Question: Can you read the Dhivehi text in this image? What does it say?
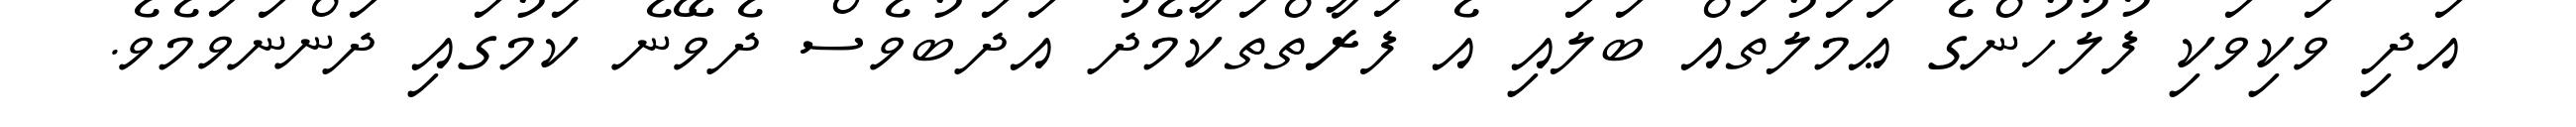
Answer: އަދި ވަކިވަކި ފުލުހުންގެ ޢަމަލުތައް ބަލައި އެ ފަރާތްތަކާމެދު އަދަބުވެސް ދެވޭނެ ކަމުގައި ދަންނަވަމެވެ.